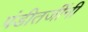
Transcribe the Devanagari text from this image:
पंडीतजींनी